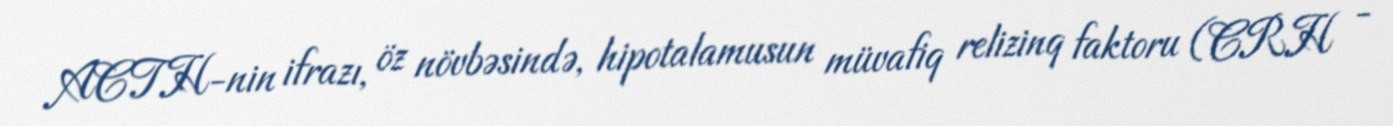
ACTH-nin ifrazı, öz növbəsində, hipotalamusun müvafiq relizinq faktoru (CRH -